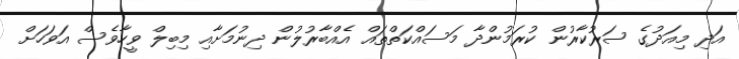
އަދި މިއަދުގެ ސަރުކާރުން ކުރަމުންދާ މަސައްކަތްތައް އެއްބާރުލުން ދިނުމަށާއި މިބިލް ވީހާވެސް އަވަހަށް